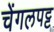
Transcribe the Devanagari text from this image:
चेंगलपट्ट